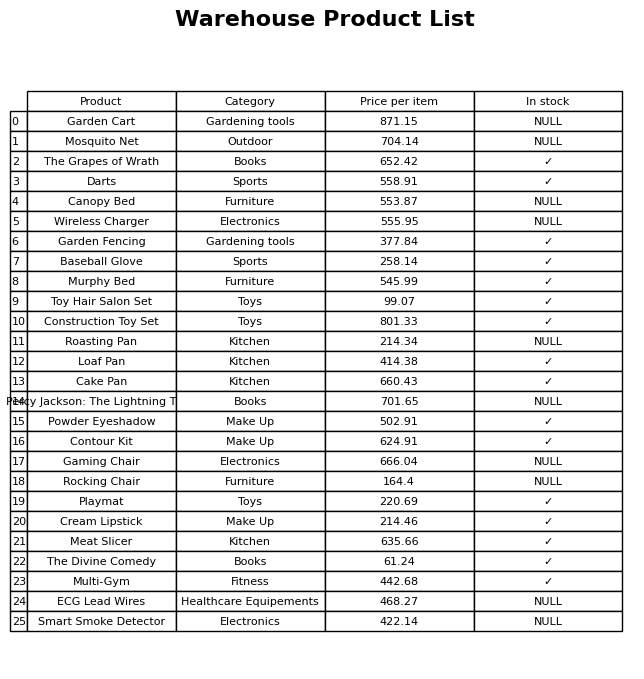
question: What is the price for Smart Smoke Detector?
answer: The price of Smart Smoke Detector is 422.14.